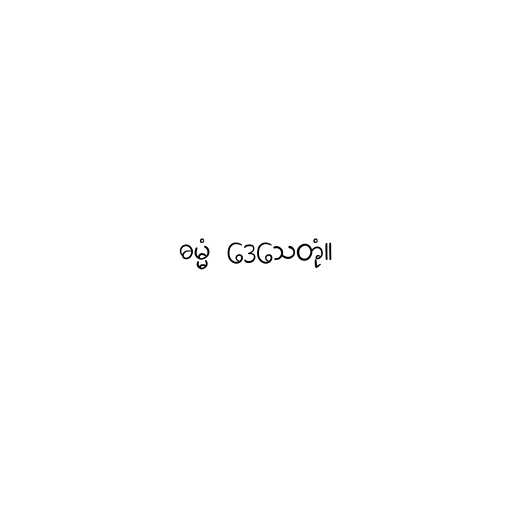
ဓမ္မံ ဒေသေတုံ။